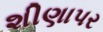
શીણાપર